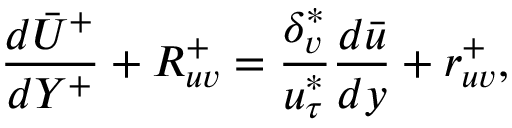
\frac { d \bar { U } ^ { + } } { d Y ^ { + } } + R _ { u v } ^ { + } = \frac { \delta _ { v } ^ { * } } { u _ { \tau } ^ { * } } \frac { d \bar { u } } { d y } + r _ { u v } ^ { + } ,